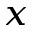
_ { x }